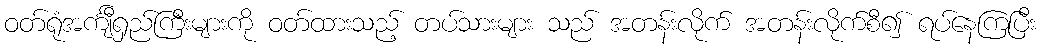
ဝတ်ရုံအင်္ကျီရှည်ကြီးများကို ဝတ်ထားသည့် တပ်သားများ သည် အတန်းလိုက် အတန်းလိုက်စီ၍ ရပ်နေကြပြီး